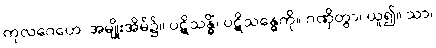
ကုလဂေဟေ၊ အမျိုးအိမ်၌။ ပဋိသန္ဓိံ၊ ပဋိသန္ဓေကို။ ဂဏှိတွာ၊ ယူ၍။ သာ၊